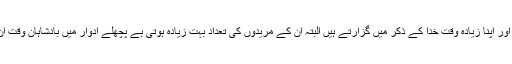
فقیر لوگ اکثر غریب ہوتے ہیں اور اپنا زیادہ وقت خدا کے ذکر میں گزارتے ہیں البتہ ان کے مریدوں کی تعداد بہت زیادہ ہوتی ہے پچھلے ادوار میں بادشاہان وقت ان کے در کی سلامی دیتے تھے۔